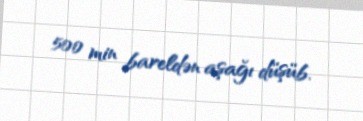
500 min bareldən aşağı düşüb.